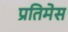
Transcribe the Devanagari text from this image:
प्रतिमेस